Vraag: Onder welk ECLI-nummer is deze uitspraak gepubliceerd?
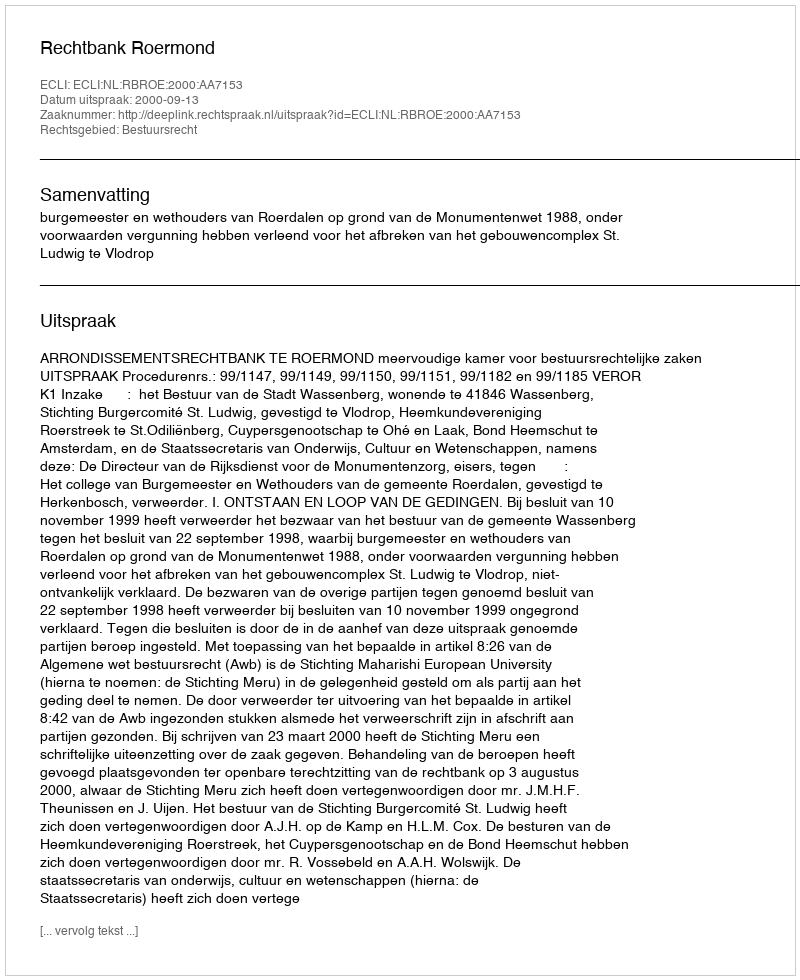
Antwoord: ECLI:NL:RBROE:2000:AA7153